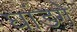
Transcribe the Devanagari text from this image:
घांडगे